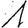
Digit: 1